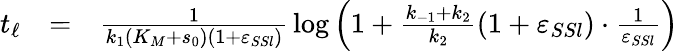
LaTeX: \begin{array}{rcl}{t_{\ell}}&{=}&{\frac{1}{k_{1}(K_{M}+s_{0})(1+\varepsilon_{SSl})}\, \log\left(1+\frac{k_{-1}+k_{2}}{k_{2}}(1+\varepsilon_{SSl})\cdot\frac{1}{\varepsilon_{SSl}}\right)}\end{array}